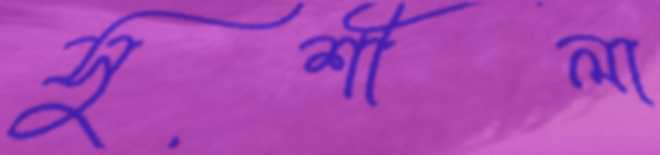
সুশীলা